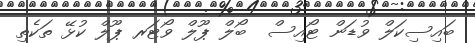
ބައިސިކަލް ވުޑަން ޓޯއިސް  ބޯލް ޕޫލް ވޯޓަރ ޕޫލް ކުޅޭ ތަކެތި